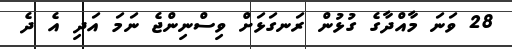
28 ވަނަ މާއްދާގެ ގުޅުން ރަނގަޅަށް ވިސްނިންޖެ ނަމަ އަދި އެ ދެ